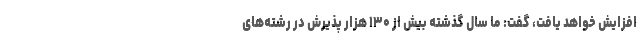
افزایش خواهد یافت، گفت: ما سال گذشته بیش از ۱۳۰ هزار پذیرش در رشته‌های